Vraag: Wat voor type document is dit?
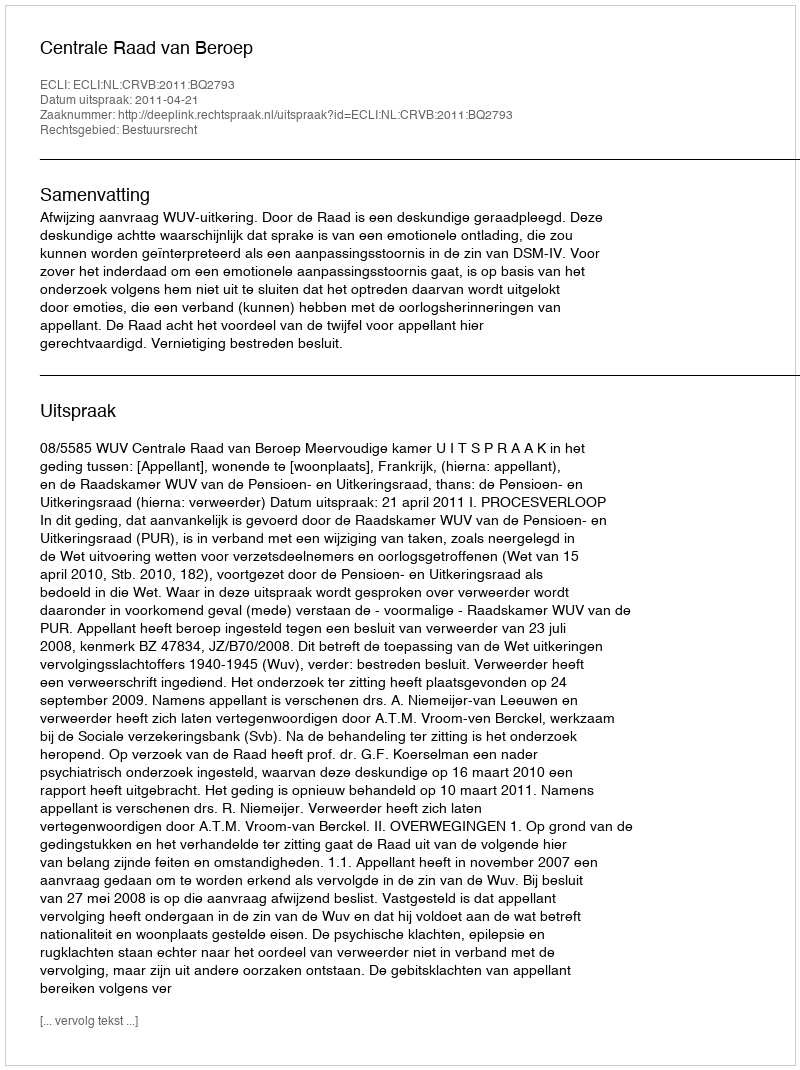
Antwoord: Uitspraak